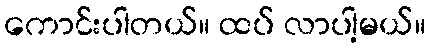
ကောင်းပါတယ်။ ထပ် လာပါ့မယ်။